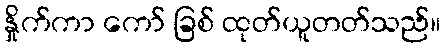
နှိုက်ကာ ကော် ခြစ် ထုတ်ယူတတ်သည်။